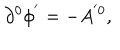
\partial ^ { 0 } \phi ^ { ^ { \prime } } = - A ^ { ^ { \prime } 0 } ,